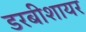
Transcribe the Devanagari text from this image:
डरबीशायर